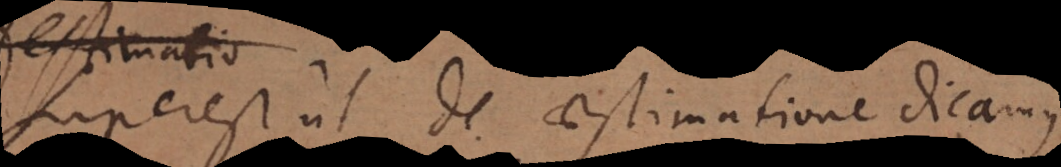
perest ut de aestimatione dicamus